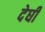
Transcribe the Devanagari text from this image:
देघी